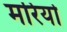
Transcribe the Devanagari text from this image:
मरियो